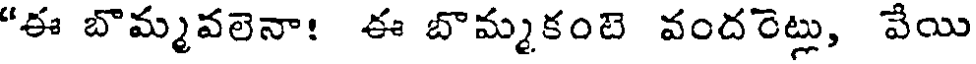
"ఈ బొమ్మవలెనా! ఈ బొమ్మకంటె వందరెట్లు, వేయి